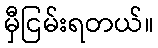
မှီငြမ်းရတယ်။